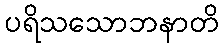
ပရိသသောဘနာတိ